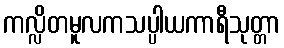
ကလ္လိတမူလကသပ္ပါယကာရီသုတ္တာ